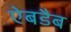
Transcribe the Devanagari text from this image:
ऐबडैब